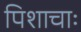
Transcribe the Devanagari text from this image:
पिशाचाः